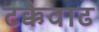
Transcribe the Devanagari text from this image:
टक्केवाढ